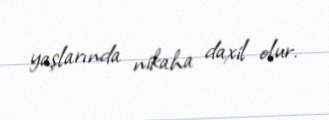
yaşlarında nikaha daxil olur.